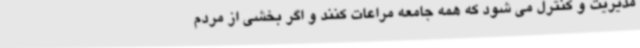
مدیریت و کنترل می شود که همه جامعه مراعات کنند و اگر بخشی از مردم